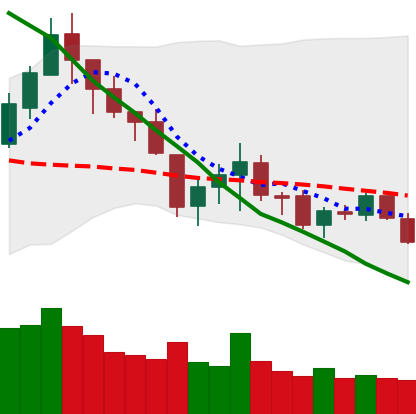
Ticker: LTC-USD
Chart end date: 2018-05-22
Forward return: -8.303%
Label: down_7plus